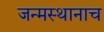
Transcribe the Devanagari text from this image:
जन्मस्थानाच